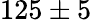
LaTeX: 125\pm 5